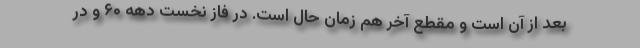
بعد از آن است و مقطع آخر هم زمان حال است. در فاز نخست دهه ۶۰ و در